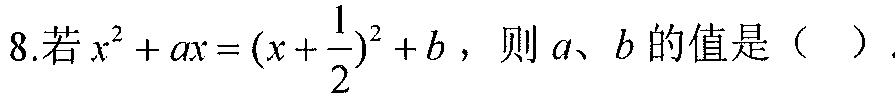
8.若\(x^{2}+ax=(x + \frac{1}{2})^{2}+b\)，则\(a、b\)的值是（  ）.